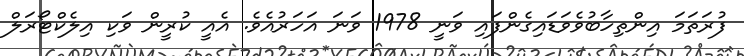
ފުރަތަމަ އިންތިހާބުވެވަޑައިގެންފައި ވަނީ 1978 ވަނަ އަހަރުއެވެ. އެއީ ކުރީން ވަކި އިލެކްޓޯރަލް